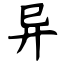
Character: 异